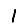
Digit: 1